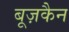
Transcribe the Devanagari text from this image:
बूज़कैन